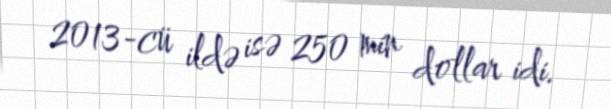
2013-cü ildə isə 250 min dollar idi.